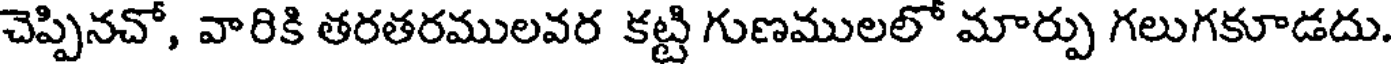
చెప్పినచో, వారికి తరతరములవర కట్టి గుణములలో మార్పు గలుగకూడదు.